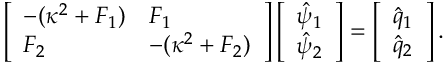
\left[ \begin{array} { l l } { - ( \kappa ^ { 2 } + F _ { 1 } ) } & { F _ { 1 } } \\ { F _ { 2 } } & { - ( \kappa ^ { 2 } + F _ { 2 } ) } \end{array} \right] \left[ \begin{array} { l } { \hat { \psi } _ { 1 } } \\ { \hat { \psi } _ { 2 } } \end{array} \right] = \left[ \begin{array} { l } { \hat { q } _ { 1 } } \\ { \hat { q } _ { 2 } } \end{array} \right] .